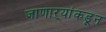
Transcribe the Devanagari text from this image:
जाणाऱ्यांकडून